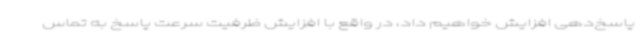
پاسخ‌دهی افزایش خواهیم داد، در واقع با افزایش ظرفیت سرعت پاسخ به تماس